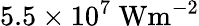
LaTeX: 5.5\times 10^{7}\ \mathrm{Wm^{-2}}